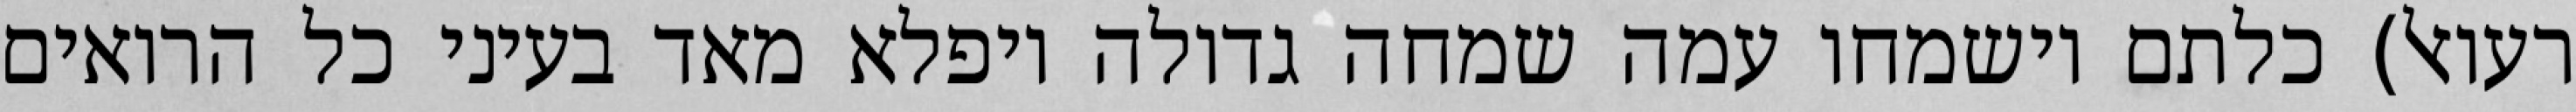
רעואל) כלתם וישמחו עמה שמחה גדולה ויפלא מאד בעיני כל הרואים